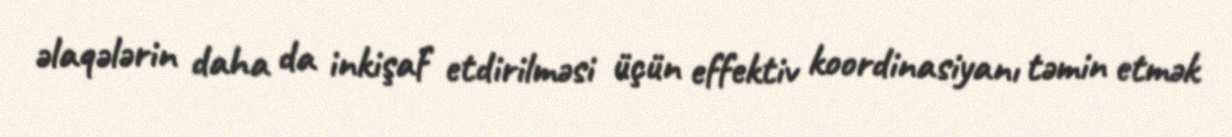
əlaqələrin daha da inkişaf etdirilməsi üçün effektiv koordinasiyanı təmin etmək